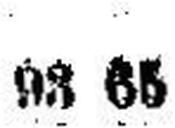
93 65